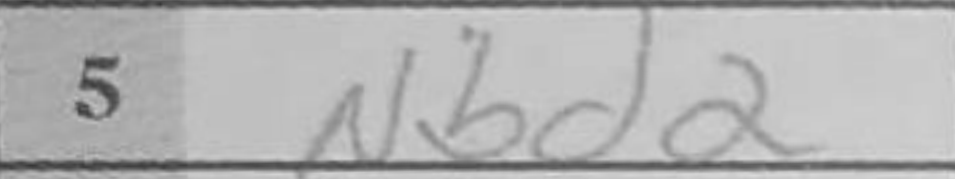
Transcription: Nbd2